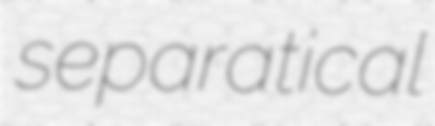
separatical